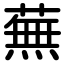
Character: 蕪